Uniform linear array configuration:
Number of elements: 64
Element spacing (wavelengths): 1
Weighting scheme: hamming
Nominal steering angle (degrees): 45
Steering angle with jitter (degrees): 44.51
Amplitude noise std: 0.05
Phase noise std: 0.05

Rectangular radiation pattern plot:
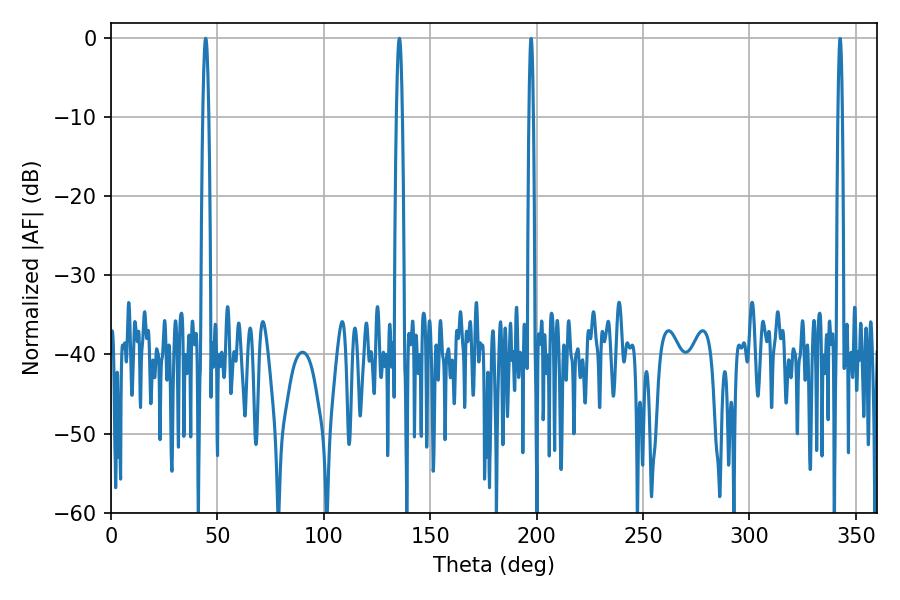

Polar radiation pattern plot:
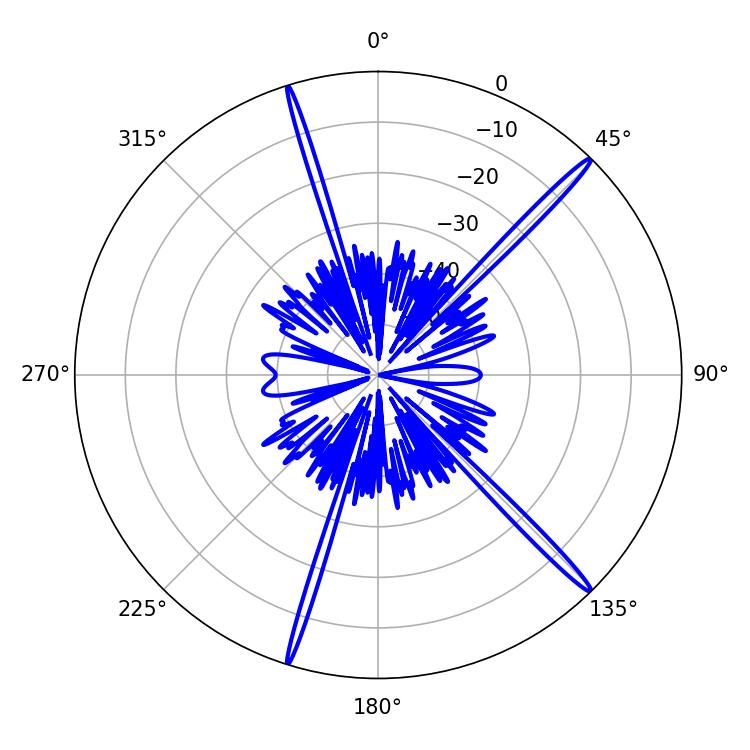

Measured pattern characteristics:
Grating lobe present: TRUE
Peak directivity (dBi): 18.441
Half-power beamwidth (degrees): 1.44
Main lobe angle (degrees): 44.46